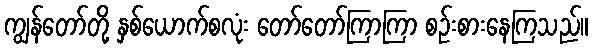
ကျွန်တော်တို့ နှစ်ယောက်စလုံး တော်တော်ကြာကြာ စဉ်းစားနေကြသည်။